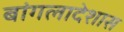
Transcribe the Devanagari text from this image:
बांगलादेशास